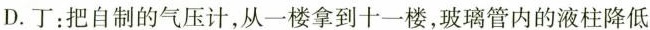
D.丁：把自制的气压计，从一楼拿到十一楼，玻璃管内的液柱降低